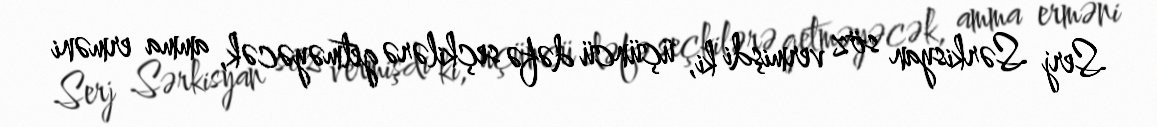
Serj Sərkisyan söz vermişdi ki, üçüncü dəfə seçkilərə getməyəcək, amma erməni